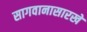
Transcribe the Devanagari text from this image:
सागवानासारखे